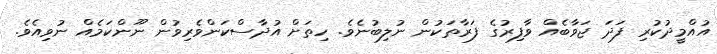
އުއްމީދުކުރި ފަދަ ޖަވާބެއް ވާފިރުގެ ފަރާތަކުން ނުލިބުނެވެ. ހިތަށް އުދާސްކަންވެރިވުން ނޫންކަމެއް ނުވިއެވެ.